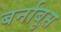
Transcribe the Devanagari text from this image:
बर्नाबुस